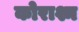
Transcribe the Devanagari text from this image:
कोराश्म